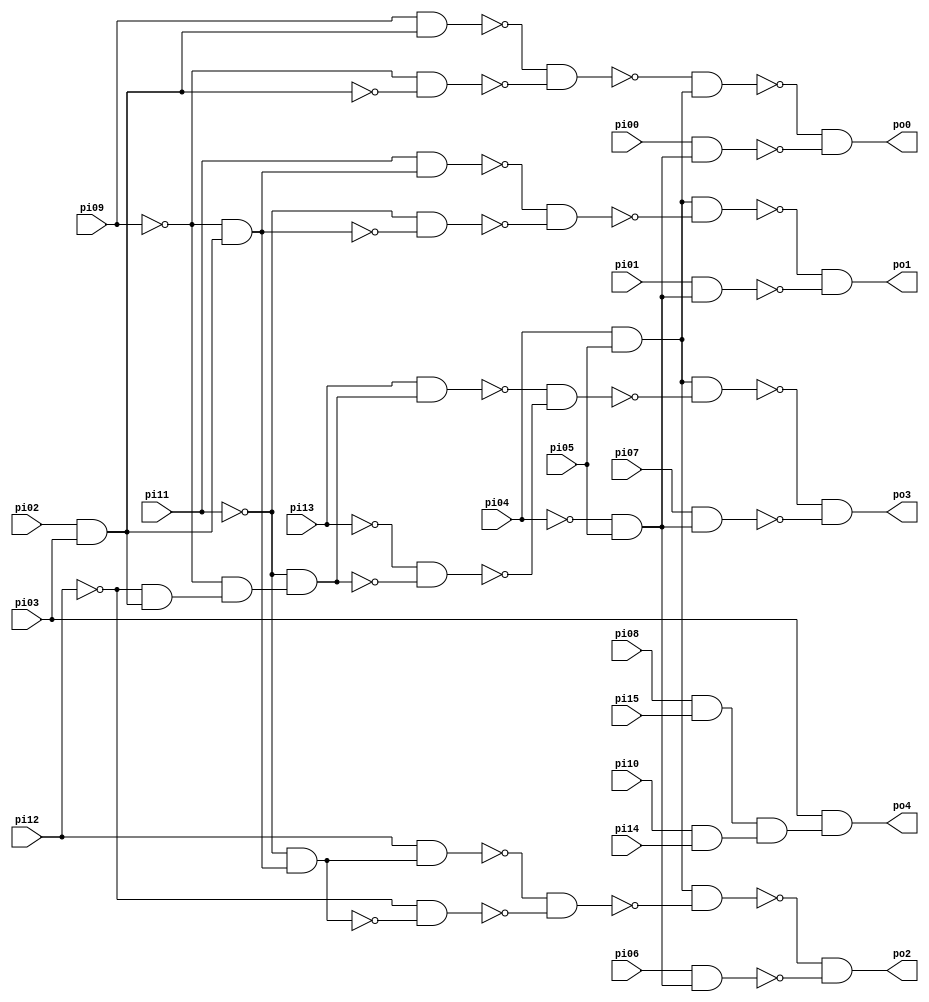
// Benchmark "CM163" written by ABC on Sun Apr 22 21:43:00 2018

module CM163 ( 
    pi00, pi01, pi02, pi03, pi04, pi05, pi06, pi07, pi08, pi09, pi10, pi11,
    pi12, pi13, pi14, pi15,
    po0, po1, po2, po3, po4  );
  input  pi00, pi01, pi02, pi03, pi04, pi05, pi06, pi07, pi08, pi09,
    pi10, pi11, pi12, pi13, pi14, pi15;
  output po0, po1, po2, po3, po4;
  wire n22, n23, n24, n25, n26, n27, n28, n29, n31, n32, n33, n34, n35, n36,
    n38, n39, n40, n41, n42, n43, n45, n46, n47, n48, n49, n50, n51, n52,
    n54, n55, n56;
  assign n22 = ~pi04 & pi05;
  assign n23 = pi02 & pi03;
  assign n24 = pi09 & n23;
  assign n25 = ~pi09 & ~n23;
  assign n26 = ~n24 & ~n25;
  assign n27 = pi04 & pi05;
  assign n28 = ~n26 & n27;
  assign n29 = pi00 & n22;
  assign po0 = ~n28 & ~n29;
  assign n31 = ~pi09 & n23;
  assign n32 = pi11 & n31;
  assign n33 = ~pi11 & ~n31;
  assign n34 = ~n32 & ~n33;
  assign n35 = n27 & ~n34;
  assign n36 = pi01 & n22;
  assign po1 = ~n35 & ~n36;
  assign n38 = ~pi11 & n31;
  assign n39 = pi12 & n38;
  assign n40 = ~pi12 & ~n38;
  assign n41 = ~n39 & ~n40;
  assign n42 = n27 & ~n41;
  assign n43 = pi06 & n22;
  assign po2 = ~n42 & ~n43;
  assign n45 = ~pi12 & n23;
  assign n46 = ~pi09 & n45;
  assign n47 = ~pi11 & n46;
  assign n48 = pi13 & n47;
  assign n49 = ~pi13 & ~n47;
  assign n50 = ~n48 & ~n49;
  assign n51 = n27 & ~n50;
  assign n52 = pi07 & n22;
  assign po3 = ~n51 & ~n52;
  assign n54 = pi08 & pi15;
  assign n55 = pi10 & pi14;
  assign n56 = n54 & n55;
  assign po4 = pi03 & n56;
endmodule